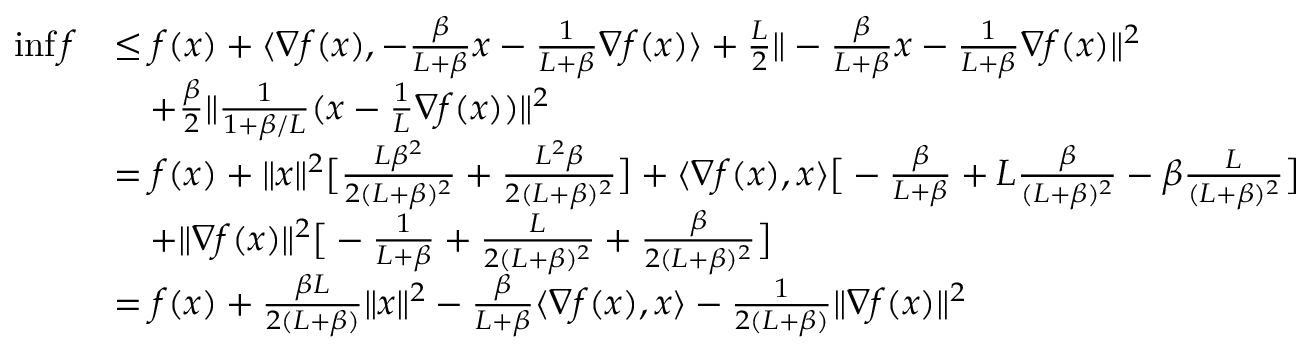
\begin{array} { r l } { \operatorname* { i n f } f } & { \leq f ( x ) + \langle \nabla f ( x ) , - \frac { \beta } { L + \beta } x - \frac { 1 } { L + \beta } \nabla f ( x ) \rangle + \frac { L } { 2 } \| - \frac { \beta } { L + \beta } x - \frac { 1 } { L + \beta } \nabla f ( x ) \| ^ { 2 } } \\ & { \quad + \frac { \beta } { 2 } \| \frac { 1 } { 1 + \beta / L } ( x - \frac { 1 } { L } \nabla f ( x ) ) \| ^ { 2 } } \\ & { = f ( x ) + \| x \| ^ { 2 } \big [ \frac { L \beta ^ { 2 } } { 2 ( L + \beta ) ^ { 2 } } + \frac { L ^ { 2 } \beta } { 2 ( L + \beta ) ^ { 2 } } \big ] + \langle \nabla f ( x ) , x \rangle \big [ - \frac { \beta } { L + \beta } + L \frac { \beta } { ( L + \beta ) ^ { 2 } } - \beta \frac { L } { ( L + \beta ) ^ { 2 } } \big ] } \\ & { \quad + \| \nabla f ( x ) \| ^ { 2 } \big [ - \frac { 1 } { L + \beta } + \frac { L } { 2 ( L + \beta ) ^ { 2 } } + \frac { \beta } { 2 ( L + \beta ) ^ { 2 } } \big ] } \\ & { = f ( x ) + \frac { \beta L } { 2 ( L + \beta ) } \| x \| ^ { 2 } - \frac { \beta } { L + \beta } \langle \nabla f ( x ) , x \rangle - \frac { 1 } { 2 ( L + \beta ) } \| \nabla f ( x ) \| ^ { 2 } } \end{array}